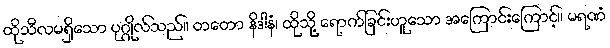
ထိုသီလမရှိသော ပုဂ္ဂိုလ်သည်။ တတော နိဒါနံ၊ ထိုသို့ ရောက်ခြင်းဟူသော အကြောင်းကြောင့်။ မရဏံ